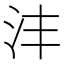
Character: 沣